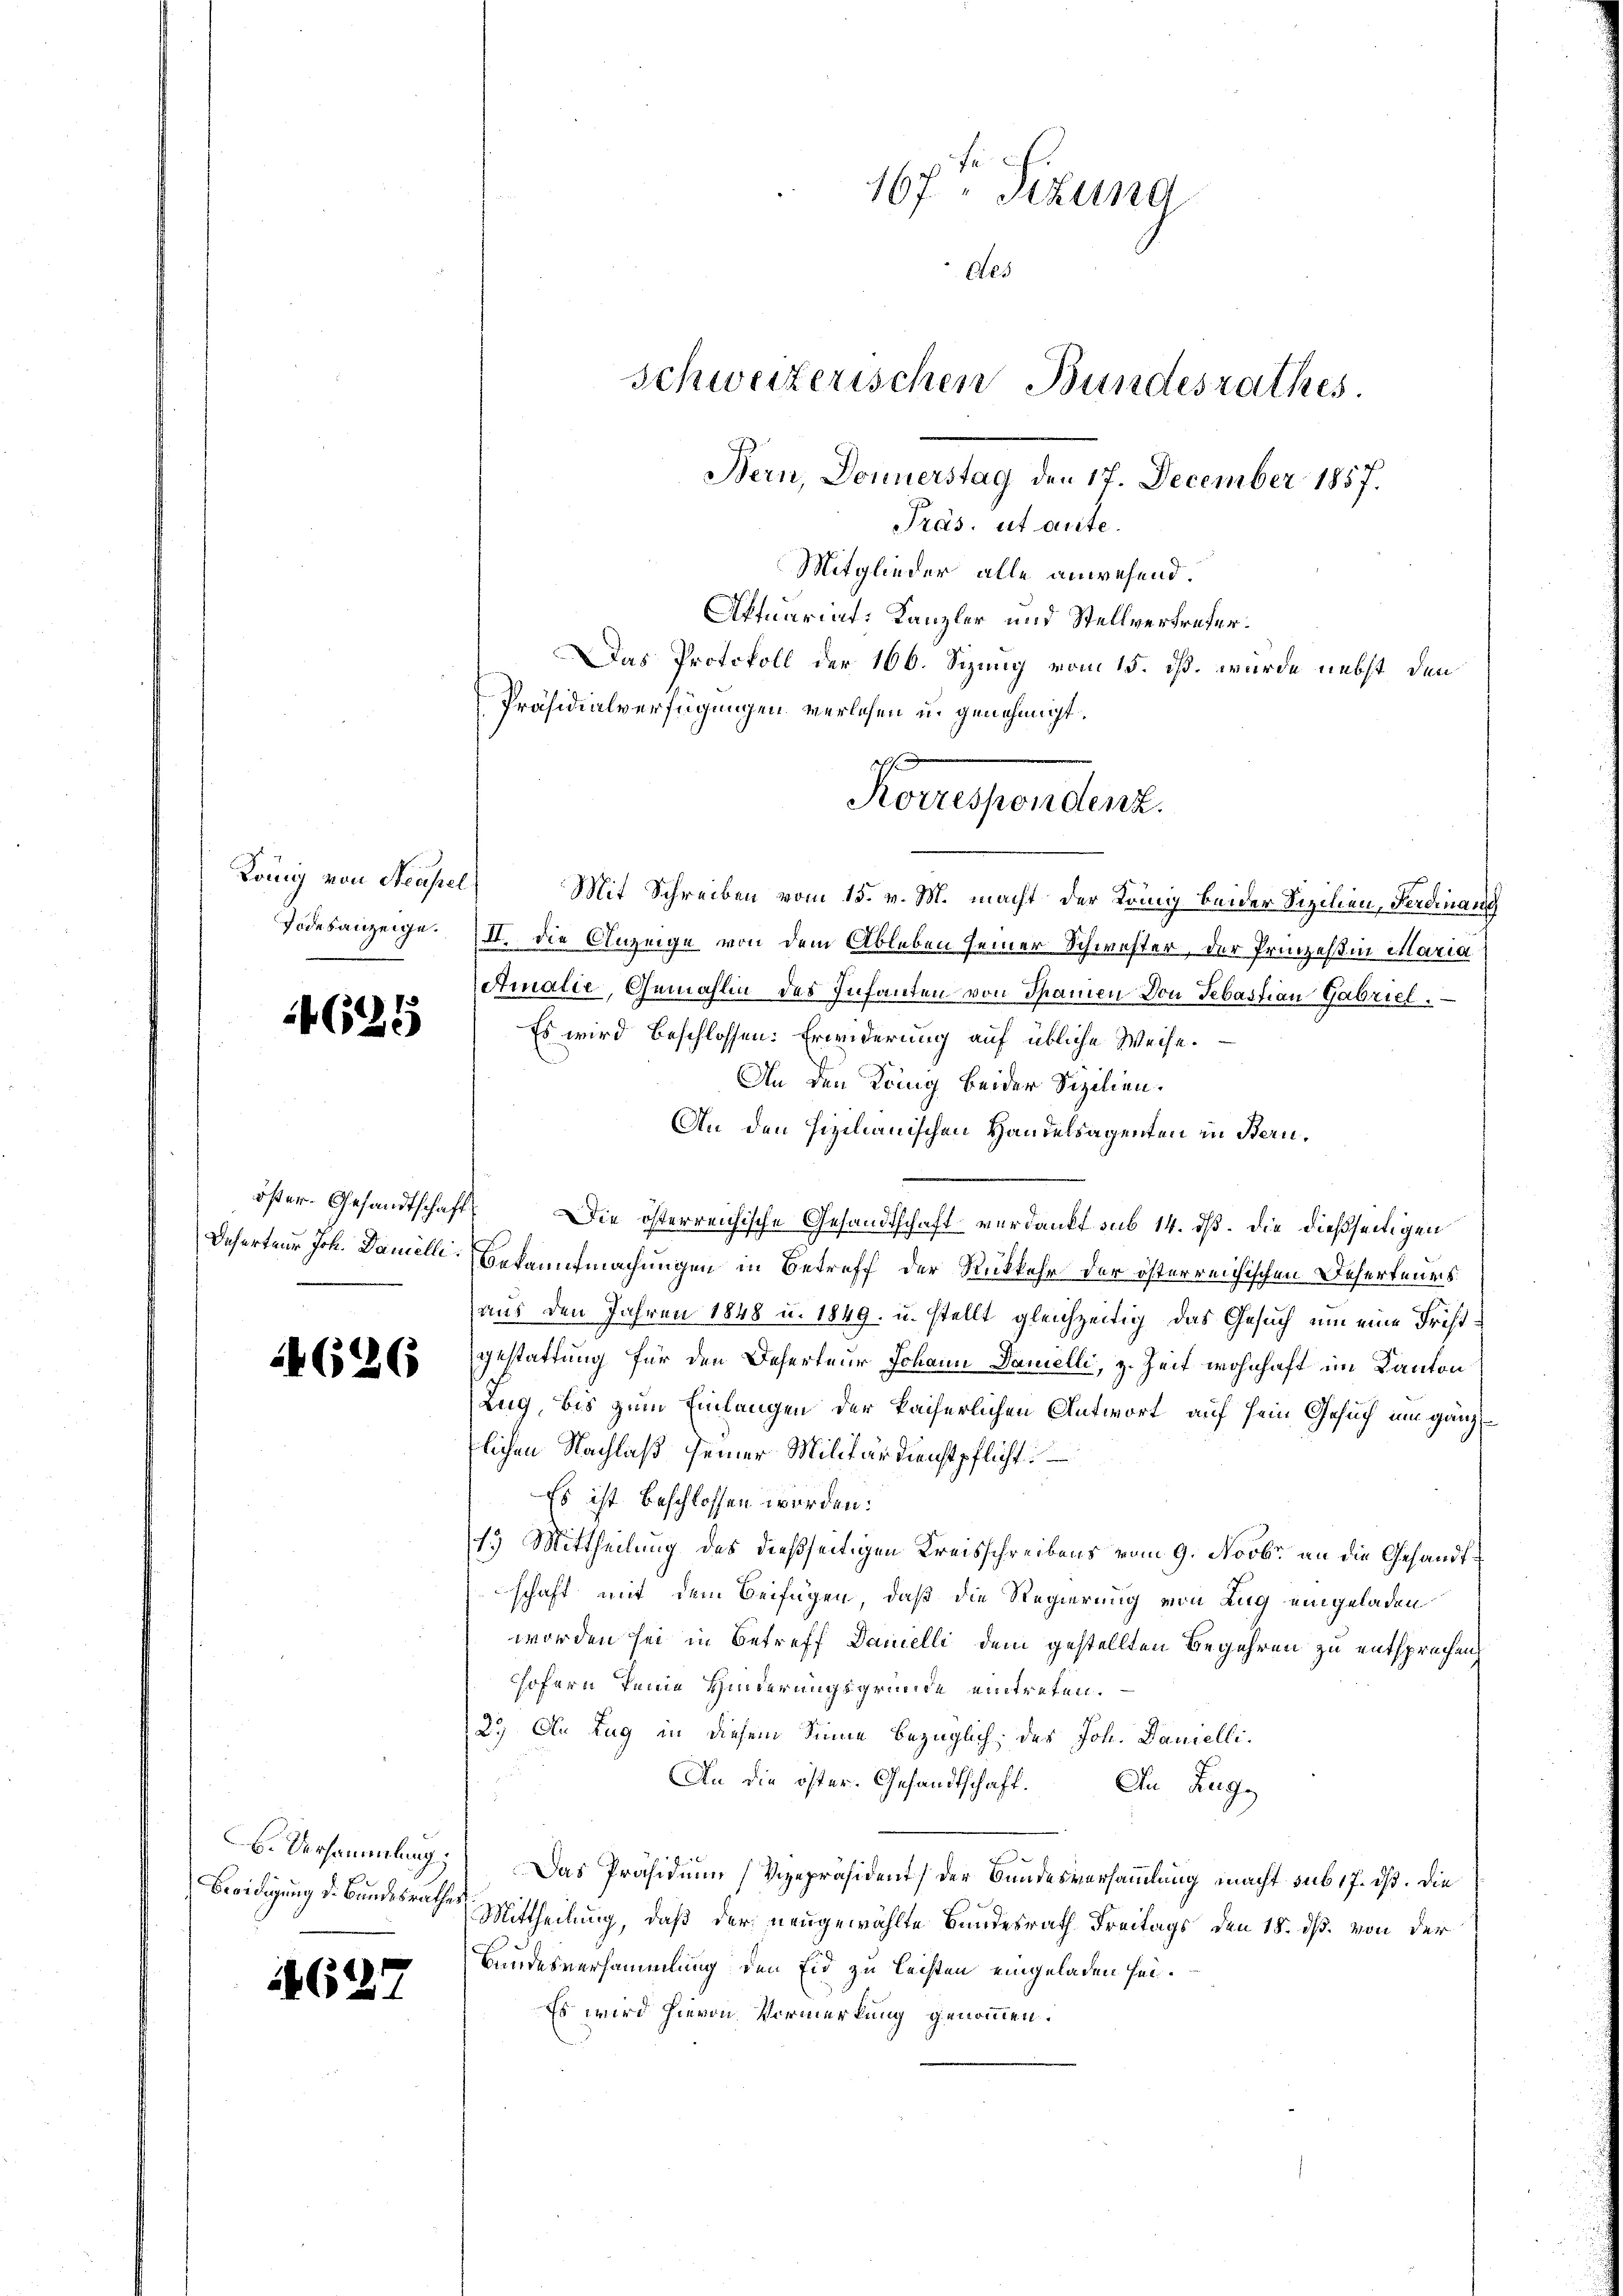
König von Neapel
Todesanzeige.

4629

626

B. Versammlung;
Beeidigung d. Bundesrathes

62

Mitglieder alle anwesend.
Aftuariat-Kanzler und Stellvertreter.
Das Protokoll der 166. Sizung vom 15. ds. wurde nebst den
Präsidialverfügungen verlesen u. genehmigt.
Mit Schreiben vom 15. v. M. macht der König beider Sizilien, Ferdinang
II. Die Anzeige von dem Ableben seiner Schwester, der Prinzessin Maria
Amalie, Gemahlin des Infanten von Spamen von Sebastian Gabriel.
Es wird beschlossen: Erwiderung auf übliche Weise.
An den König beider Sizilien.
An den hizianischen Handelsagenten in Bern.
öster. Gesandtschaft. Die österreichische Gesandtschaft verdankt sub 14. dß. Die dießseitigen
Deferteur Joh. Daniell Bekanntmachungen in Betreff der Rükkehr der österreichischen Beherteuers
aus den Jahren 1848 u. 1849 u. stellt gleichzeitig das Gesuch um eine Fristgestattung für den Deserteur Johann Danelli, z. Zeit wohnhaft im Kanton
Zug, bis zum Einlangen der kaiserlichen Antwort auf sein Gesuch um gänzlichen Nachlaß seiner Militärdienstpflicht
Es ist beschlossen worden:
13) Mittheilung des dießseitigen Kreisschreibens vom 9. Novbr. an die Gesandtschaft mit dem Beifügen, daß die Regierung von Zug eingeladen
worden sei in Betreff Damelli dem gestellten Begehren zu entsprechen,
hofern keine Hinderungsgründe eintreten.
2.) Die Zug in diesem Sinne bezüglich des Joh. Danielli¬
An die öster. Gesandtschaft. An Zug,
Das Präsidium Vizepräsident der Bundesversammlung macht sub 17. ds. die
Mittheilung, daß der neugewählte Bundesrath Freitags den 18. ds. von der
Landesversammlung den Eid zu leisten eingeladen sei.
Es wird hievon Vormerkung genommen.

167ten Sitzung
Aes
schweizerischen Bundesrathes.
Bern, Donnerstag den 17. December 1857.
Präs. et aute.

Forrespondert.